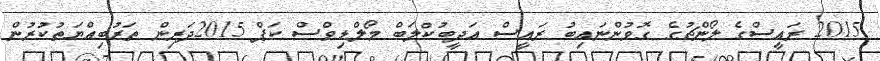
2015 ރައީސްގެ ލޯންޗުގެ ގޮވުންނައިބު ރައީސް އަދީބުކްލަބް މޯލްޑިވްސް ކަޕް 2015ދަރިން ތަރުބިއްޔަތުކުރުން